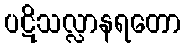
ပဋိသလ္လာနရတော